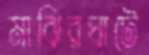
মাঝিরঘাটে